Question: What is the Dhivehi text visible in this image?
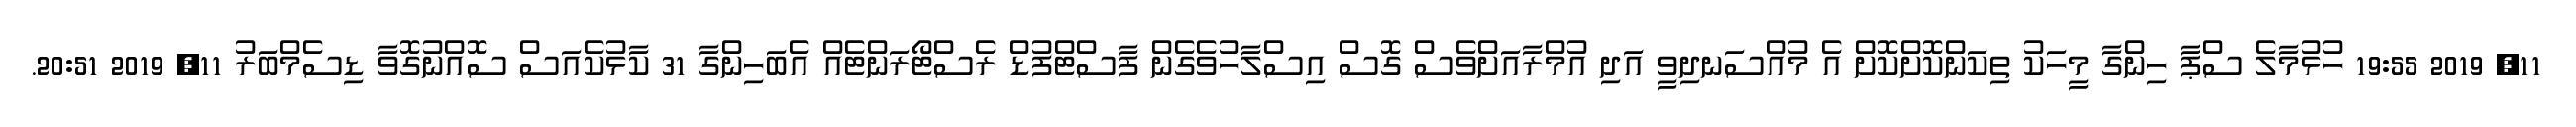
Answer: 11, 2019 19:55 ހުޅުމާލެ ސްޕާ ހިންގާ މީހަކު ތިކަންކޮށްކޮށް އެ މުއްސަނދިވީ އަދި އުމްރާއަށްވެސް ގޮސް އިސްލާހުވެގެން ފާސްޓްފުޑް ރެސްޓޯރަންޓެއް އެބަހިންގާ 31 ކާޅުކެއަސް ސޮއްނުގޮވާ ޑިސެމްބަރު 11, 2019 20:51.